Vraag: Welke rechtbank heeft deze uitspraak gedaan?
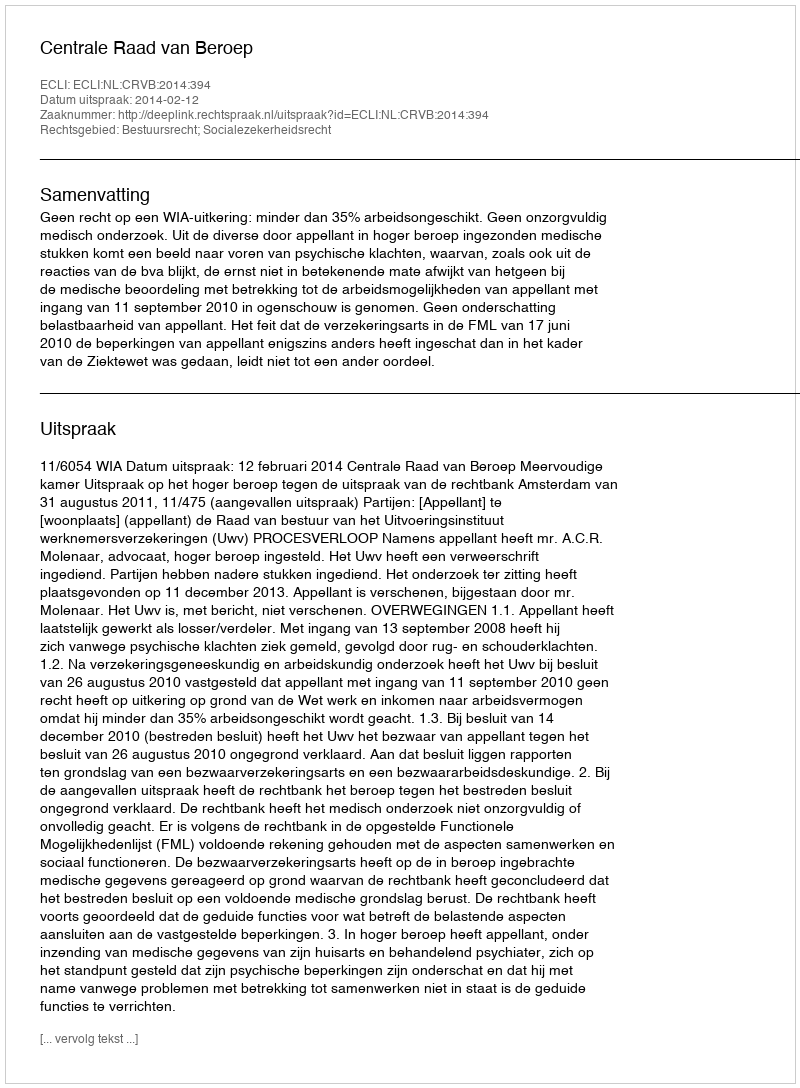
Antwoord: Centrale Raad van Beroep